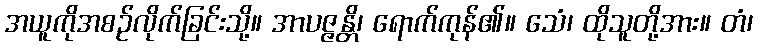
အယူကိုအစဉ်လိုက်ခြင်းသို့။ အာပဇ္ဇန္တိ၊ ရောက်ကုန်၏။ သေံ၊ ထိုသူတို့အား။ တံ၊